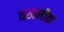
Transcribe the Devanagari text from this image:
तख़लीक़